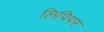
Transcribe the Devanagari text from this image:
लिपिपर